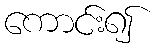
ကောင်း၍